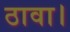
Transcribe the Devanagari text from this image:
ठावा।